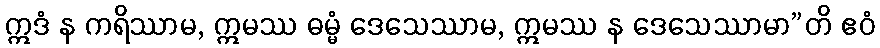
ဣဒံ န ကရိဿာမ, ဣမဿ ဓမ္မံ ဒေသေဿာမ, ဣမဿ န ဒေသေဿာမာ”တိ ဧဝံ